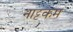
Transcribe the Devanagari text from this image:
नाट्टकम